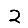
Digit: 2